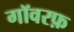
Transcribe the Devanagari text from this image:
गॉवरफ़